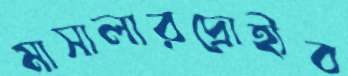
মাসালারদ্রোহীব